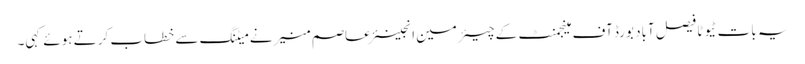
یہ بات ٹیوٹا فیصل آباد بورڈ آف مینجمنٹ کے چیئرمین انجینئر عاصم منیر نے میٹنگ سے خطاب کرتے ہوئے کہی۔